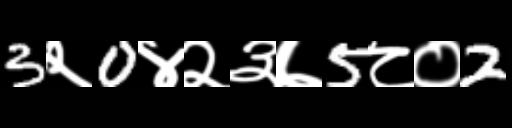
Text: 3२0४२३७5८०2